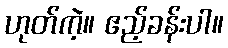
ဟုတ်ကဲ့။ ဧည့်ခန်းပါ။